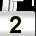
Digit: 2